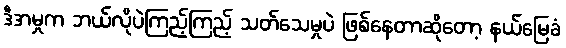
ဒီအမှုက ဘယ်လိုပဲကြည့်ကြည့် သတ်သေမှုပဲ ဖြစ်နေတာဆိုတော့ နယ်မြေခံ